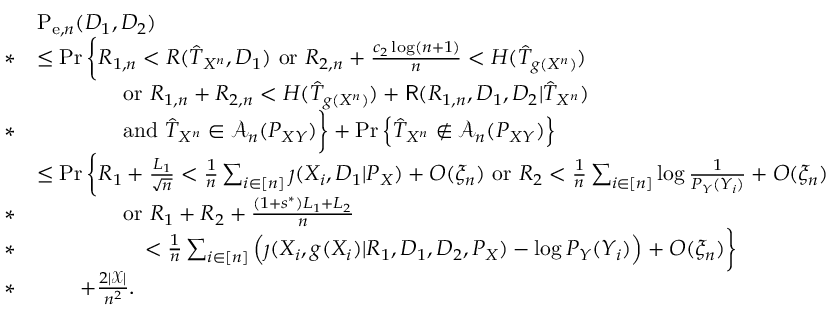
\begin{array} { r l } & { \mathrm { P } _ { \mathrm { e } , n } ( D _ { 1 } , D _ { 2 } ) } \\ { * } & { \leq \operatorname* { P r } \bigg \{ R _ { 1 , n } < R ( \hat { T } _ { X ^ { n } } , D _ { 1 } ) ~ \mathrm { o r } ~ R _ { 2 , n } + \frac { c _ { 2 } \log ( n + 1 ) } { n } < H ( \hat { T } _ { g ( X ^ { n } ) } ) } \\ & { \qquad \qquad \mathrm { o r } ~ R _ { 1 , n } + R _ { 2 , n } < H ( \hat { T } _ { g ( X ^ { n } ) } ) + \mathsf { R } ( R _ { 1 , n } , D _ { 1 } , D _ { 2 } | \hat { T } _ { X ^ { n } } ) } \\ { * } & { \qquad \qquad \mathrm { a n d } ~ \hat { T } _ { X ^ { n } } \in \mathcal { A } _ { n } ( P _ { X Y } ) \bigg \} + \operatorname* { P r } \Big \{ \hat { T } _ { X ^ { n } } \notin \mathcal { A } _ { n } ( P _ { X Y } ) \Big \} } \\ & { \leq \operatorname* { P r } \bigg \{ R _ { 1 } + \frac { L _ { 1 } } { \sqrt { n } } < \frac { 1 } { n } \sum _ { i \in [ n ] } \jmath ( X _ { i } , D _ { 1 } | P _ { X } ) + O ( \xi _ { n } ) ~ \mathrm { o r } ~ R _ { 2 } < \frac { 1 } { n } \sum _ { i \in [ n ] } \log \frac { 1 } { P _ { Y } ( Y _ { i } ) } + O ( \xi _ { n } ) } \\ { * } & { \qquad \qquad \mathrm { o r } ~ R _ { 1 } + R _ { 2 } + \frac { ( 1 + s ^ { * } ) L _ { 1 } + L _ { 2 } } { n } } \\ { * } & { \qquad \qquad \quad < \frac { 1 } { n } \sum _ { i \in [ n ] } \Big ( \jmath ( X _ { i } , g ( X _ { i } ) | R _ { 1 } , D _ { 1 } , D _ { 2 } , P _ { X } ) - \log P _ { Y } ( Y _ { i } ) \Big ) + O ( \xi _ { n } ) \bigg \} } \\ { * } & { \qquad + \frac { 2 | \mathcal { X } | } { n ^ { 2 } } . } \end{array}